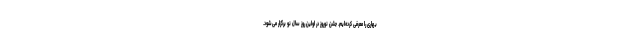
بهاری را معرفی کرده‌ایم. جشن نوروز در اولین روز سال نو برگزار می‌شود.